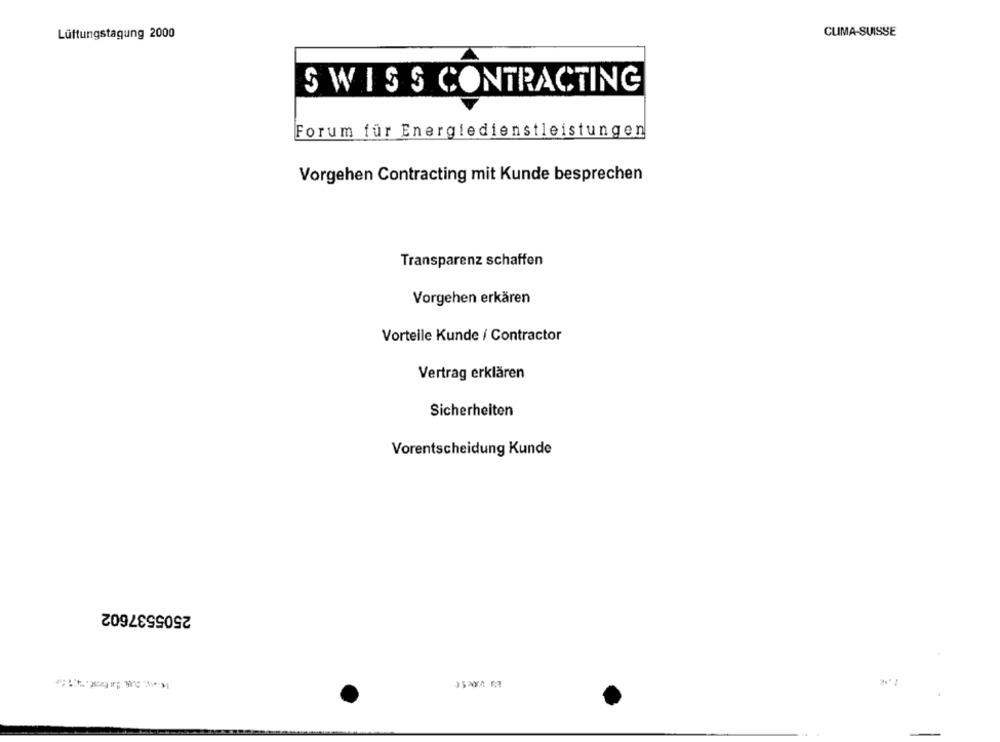
Lüftungstagung 2000
CLIMA-SUISSE
SWISS CONTRACTING
Forum für Energiedienstleistungen
Vorgehen Contracting mit Kunde besprechen
Transparenz schaffen
Vorgehen erkären
Vorteile Kunde / Contractor
Vertrag erklären
Sicherheiten
Vorentscheidung Kunde
2505537602